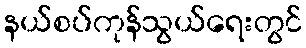
နယ်စပ်ကုန်သွယ်ရေးတွင်